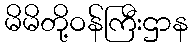
မိမိတို့ဝန်ကြီးဌာန